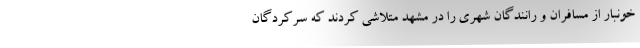
خونبار از مسافران و رانندگان شهری را در مشهد متلاشی کردند که سرکردگان